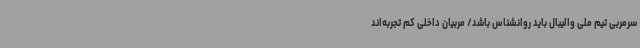
سرمربی تیم ملی والیبال باید روانشناس باشد/ مربیان داخلی کم تجربه‌اند